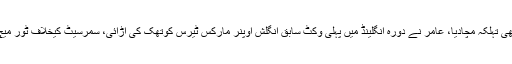
تفصیلات کے مطابق پانچ سال کی پابندی کے بعد محمد عامر نے ٹیسٹ کرکٹ میں بھی تہلکہ مچادیا، عامر نے دورہ انگلینڈ میں پہلی وکٹ سابق انگلش اوپنر مارکس ٹیرس کوتھک کی اڑائی، سمرسیٹ کیخلاف ٹور میچ میں عامر کی تباہ کن بولنگ نے حریف بلے بازوں کو ہتھیار ڈالنے پر مجبور کردیا۔